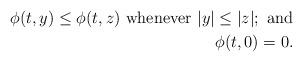
LaTeX: \begin{align*} \phi(t, y) \leq \phi(t, z)\ \textrm{whenever $ |y | \leq |z|$};\ \textrm{and} \\ \phi(t, 0) = 0. \end{align*}